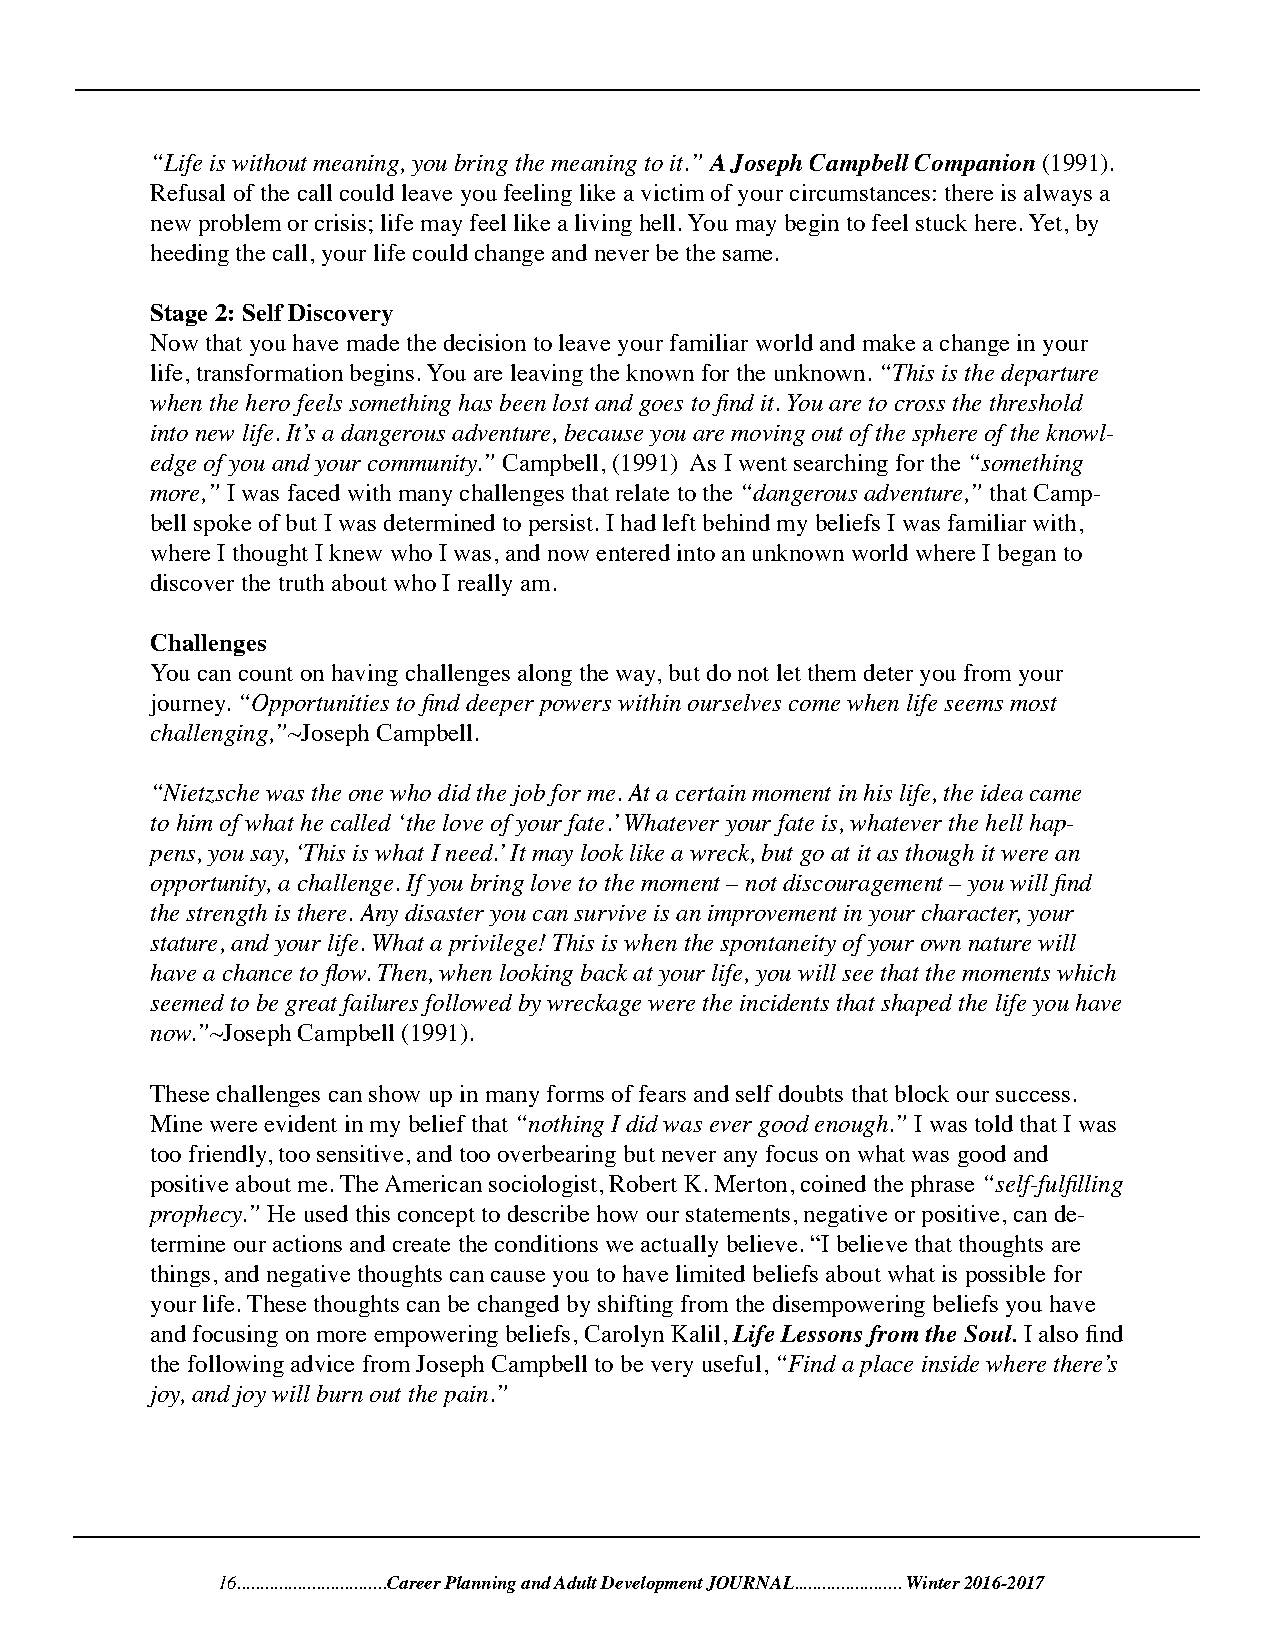
“Life is without meaning, you bring the meaning to it.” A Joseph Campbell Companion (1991).
 Refusal of the call could leave you feeling like a victim of your circumstances: there is always a
 new problem or crisis; life may feel like a living hell. You may begin to feel stuck here. Yet, by
 heeding the call, your life could change and never be the same.
 Stage 2: Self Discovery
 Now that you have made the decision to leave your familiar world and make a change in your
 life, transformation begins. You are leaving the known for the unknown. “This is the departure
 when the hero feels something has been lost and goes to find it. You are to cross the threshold
 into new life. It’s a dangerous adventure, because you are moving out of the sphere of the knowl-
 edge of you and your community.” Campbell, (1991) As I went searching for the “something
 more,” I was faced with many challenges that relate to the “dangerous adventure,” that Camp-
 bell spoke of but I was determined to persist. I had left behind my beliefs I was familiar with,
 where I thought I knew who I was, and now entered into an unknown world where I began to
 discover the truth about who I really am.
 Challenges
 You can count on having challenges along the way, but do not let them deter you from your
 journey. “Opportunities to find deeper powers within ourselves come when life seems most
 challenging,”~Joseph Campbell.
 “Nietzsche was the one who did the job for me. At a certain moment in his life, the idea came
 to him of what he called ‘the love of your fate.’ Whatever your fate is, whatever the hell hap-
 pens, you say, ‘This is what I need.’ It may look like a wreck, but go at it as though it were an
 opportunity, a challenge. If you bring love to the moment – not discouragement – you will find
 the strength is there. Any disaster you can survive is an improvement in your character, your
 stature, and your life. What a privilege! This is when the spontaneity of your own nature will
 have a chance to flow. Then, when looking back at your life, you will see that the moments which
 seemed to be great failures followed by wreckage were the incidents that shaped the life you have
 now.”~Joseph Campbell (1991).
 These challenges can show up in many forms of fears and self doubts that block our success.
 Mine were evident in my belief that “nothing I did was ever good enough.” I was told that I was
 too friendly, too sensitive, and too overbearing but never any focus on what was good and
 positive about me. The American sociologist, Robert K. Merton, coined the phrase “self-fulfilling
 prophecy.” He used this concept to describe how our statements, negative or positive, can de-
 termine our actions and create the conditions we actually believe. “I believe that thoughts are
 things, and negative thoughts can cause you to have limited beliefs about what is possible for
 your life. These thoughts can be changed by shifting from the disempowering beliefs you have
 and focusing on more empowering beliefs, Carolyn Kalil, Life Lessons from the Soul. I also find
 the following advice from Joseph Campbell to be very useful, “Find a place inside where there’s
 joy, and joy will burn out the pain.”
 16................................Career Planning and Adult Development JOURNAL....................... Winter 2016-2017